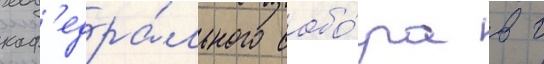
каф'едра́льного собо́ра в г